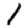
Digit: 1